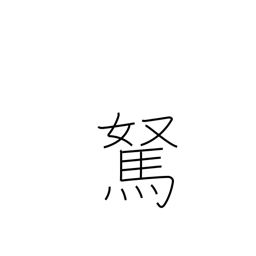
Meaning: foolish fellow